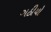
ગઠીયો